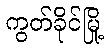
ကွတ်ခိုင်မြို့